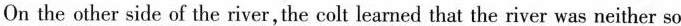
On the other side of the river, the colt learned that the river was neither so